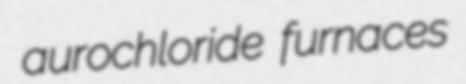
aurochloride furnaces